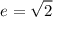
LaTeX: e = { \sqrt { 2 } }